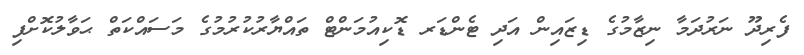
ފެރިދޫ ނަރުދަމާ ނިޒާމުގެ ޑިޒައިން އަދި ޓެންޑަރ ޑޮކިއުމަންޓް ތައްޔާރުކުރުމުގެ މަސައްކަތް ޙަވާލުކޮށްފި